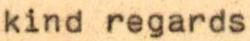
kind regards